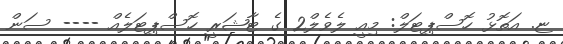
ޏ. އަތޮޅު ހޮސްޕިޓަލް: މިއީ ލެވެލް2 ގެ ޓާޝަރީ ހޮސްޕިޓަލެއް ---- ސަން